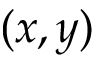
( x , y )